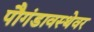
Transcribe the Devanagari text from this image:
पौगंडावस्थेवर